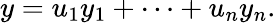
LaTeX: y=u_{1}y_{1}+\cdots+u_{n}y_{n}.